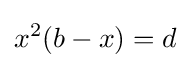
x^{2}(b-x)=d